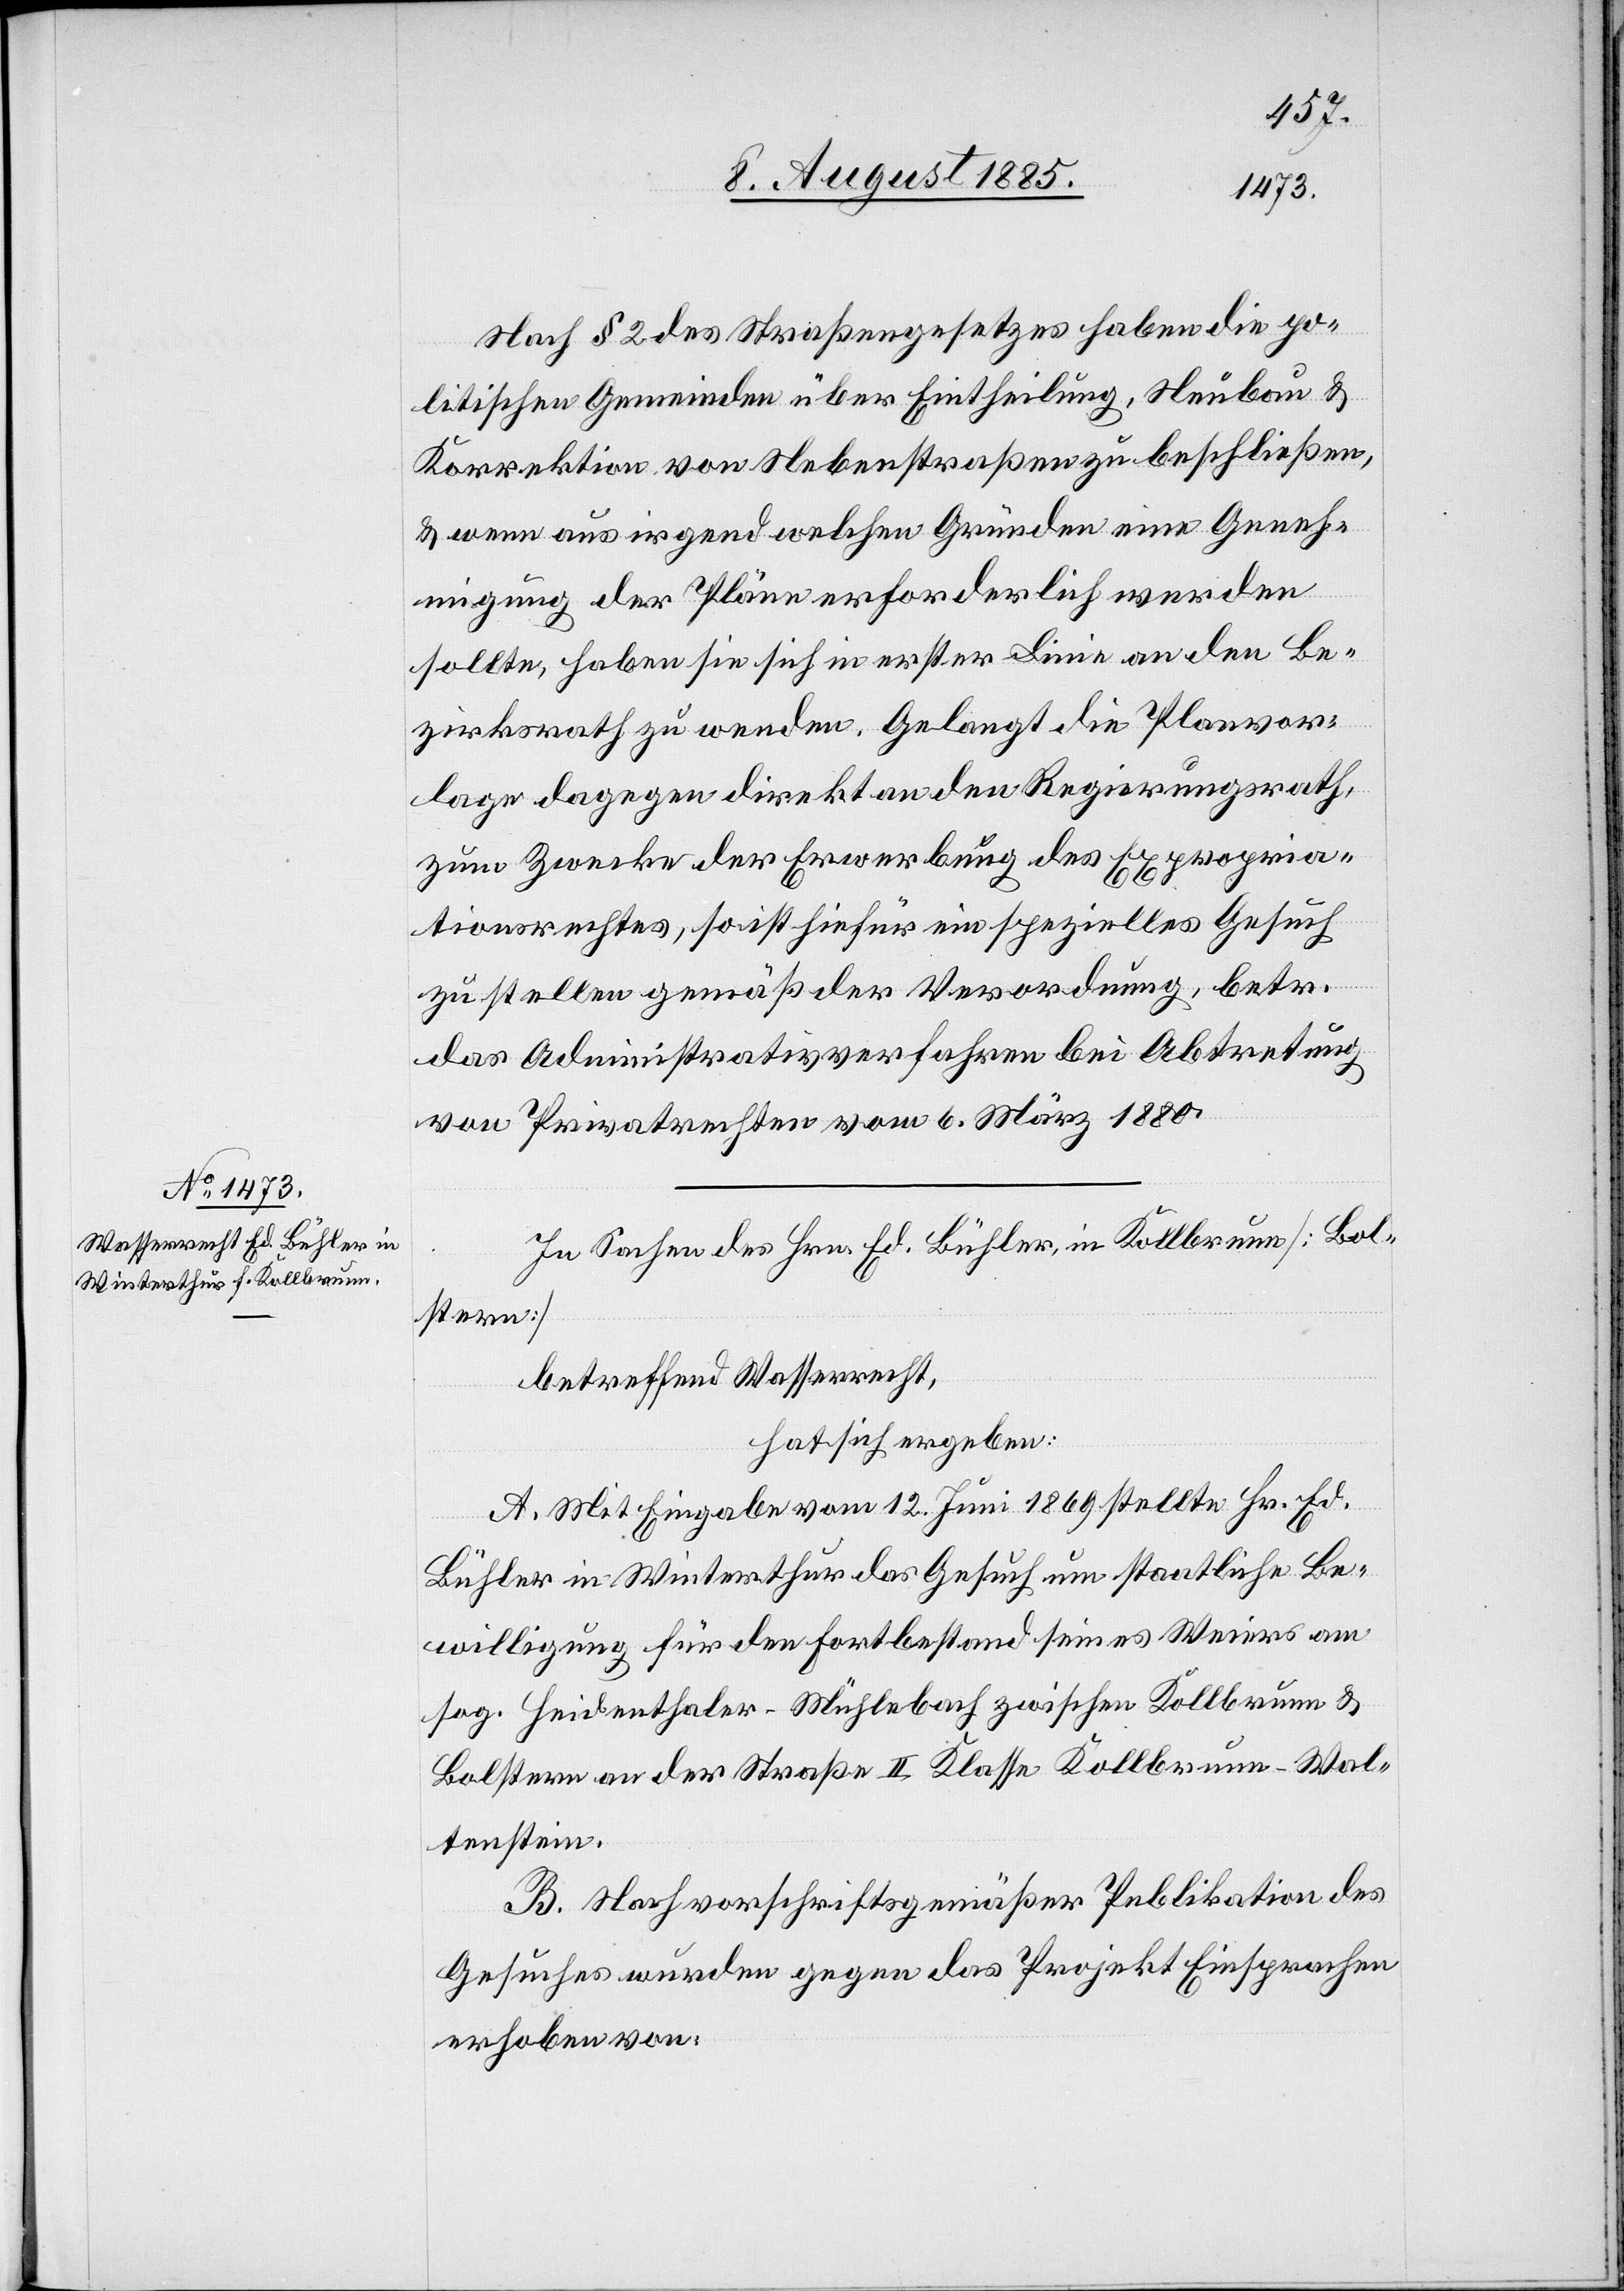
Nach § 2 des Straßengesetzes haben die po¬
litischen Gemeinden über Eintheilung, Neubau &
Korrektion von Nebenstraßen zu beschließen,
& wenn aus irgend welchen Gründen eine Geneh¬
migung der Pläne erforderlich werden
sollte, haben sie sich in erster Linie an den Be¬
zirksrath zu wenden. Gelangt die Planvor¬
lage dagegen direkt an den Regierungsrath,
zum Zwecke der Erwerbung des Expropria¬
tionsrechtes, so ist hiefür ein spezielles Gesuch
zu stellen gemäß der Verordnung, betr.
das Administrativverfahren bei Abtretung
von Privatrechten vom 6. März 1880.
In Sachen des Hrn. Ed. Bühler, in Kollbrunn [Bol¬
stern]
betreffend Wasserrecht,
hat sich ergeben:
A. Mit Eingabe vom 12. Juni 1869 stellte Hr. Ed.
Bühler in Winterthur das Gesuch um staatliche Be¬
willigung für den Fortbestand seines Weiers am
sog. Heidenthaler-Mühlebach zwischen Kollbrunn–Wa¬
ltenstein.
B. Nach vorschriftsgemäßer Peblikation
Gesuches wurden gegen das Projekt Einsprachen
erhoben von: